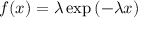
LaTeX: f ( x ) = \lambda \exp \left( - \lambda x \right)